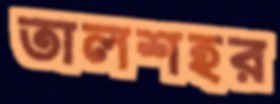
তালশহর